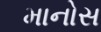
માનોસ